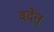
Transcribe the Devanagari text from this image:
वदेत्